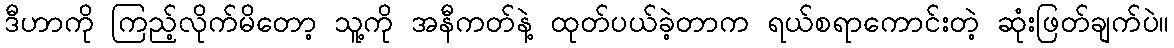
ဒီဟာကို ကြည့်လိုက်မိတော့ သူ့ကို အနီကတ်နဲ့ ထုတ်ပယ်ခဲ့တာက ရယ်စရာကောင်းတဲ့ ဆုံးဖြတ်ချက်ပဲ။